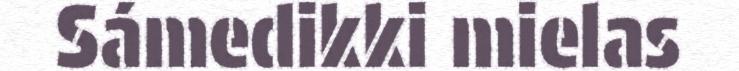
Sámedikki mielas